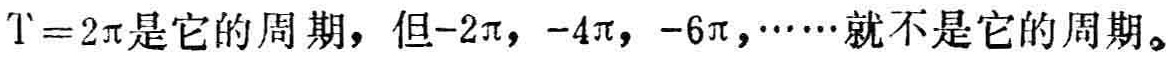
$T = 2\pi是它的周期，但 - 2\pi，- 4\pi，- 6\pi，\cdots就不是它的周期。$